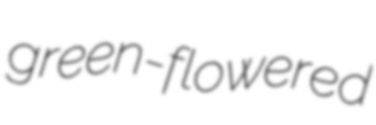
green-flowered